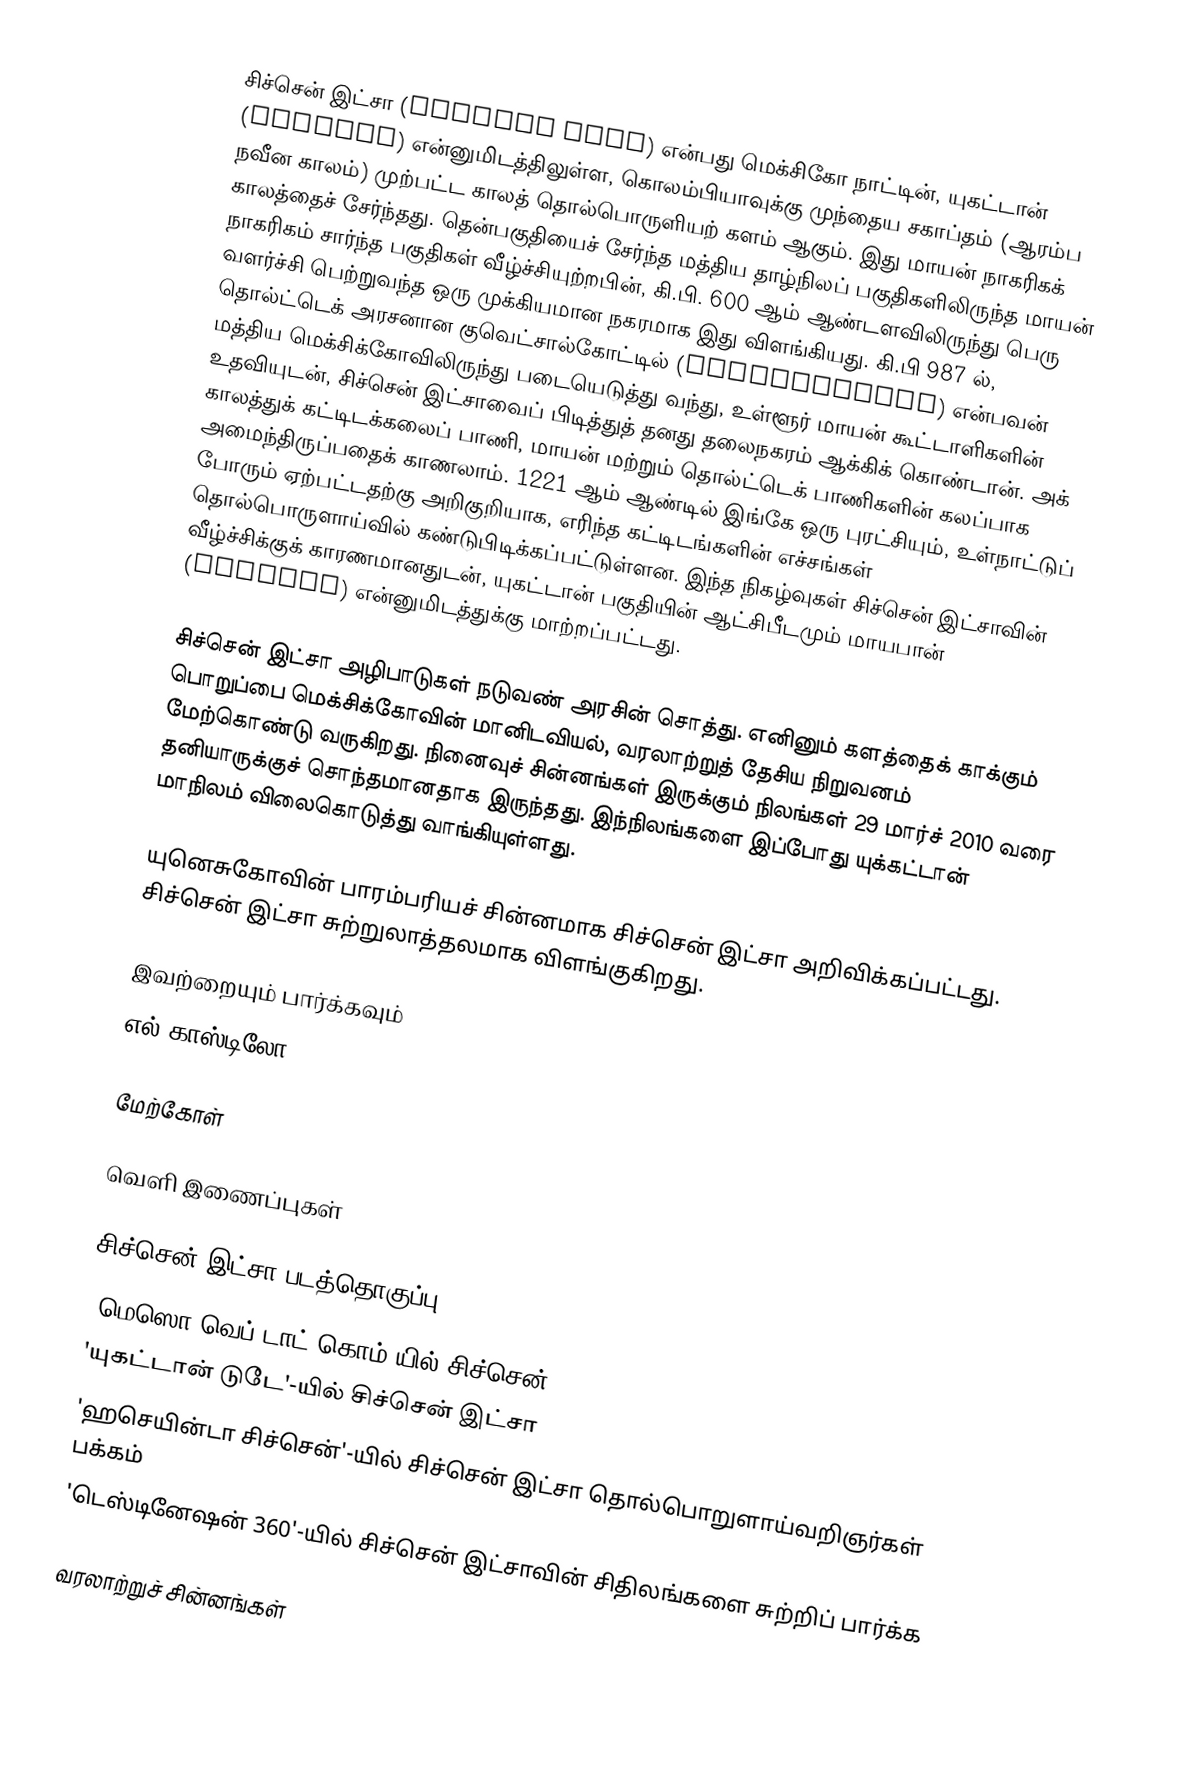
சிச்சென் இட்சா (Chichen Itza) என்பது மெக்சிகோ நாட்டின், யுகட்டான் (Yucatán) என்னுமிடத்திலுள்ள, கொலம்பியாவுக்கு முந்தைய சகாப்தம் (ஆரம்ப நவீன காலம்) முற்பட்ட காலத் தொல்பொருளியற் களம் ஆகும். இது மாயன் நாகரிகக் காலத்தைச் சேர்ந்தது. தென்பகுதியைச் சேர்ந்த மத்திய தாழ்நிலப் பகுதிகளிலிருந்த மாயன் நாகரிகம் சார்ந்த பகுதிகள் வீழ்ச்சியுற்றபின், கி.பி. 600 ஆம் ஆண்டளவிலிருந்து பெரு வளர்ச்சி பெற்றுவந்த ஒரு முக்கியமான நகரமாக இது விளங்கியது. கி.பி 987 ல், தொல்ட்டெக் அரசனான குவெட்சால்கோட்டில் (Quetzalcoatl) என்பவன் மத்திய மெக்சிக்கோவிலிருந்து படையெடுத்து வந்து, உள்ளூர் மாயன் கூட்டாளிகளின் உதவியுடன், சிச்சென் இட்சாவைப் பிடித்துத் தனது தலைநகரம் ஆக்கிக் கொண்டான். அக் காலத்துக் கட்டிடக்கலைப் பாணி, மாயன் மற்றும் தொல்ட்டெக் பாணிகளின் கலப்பாக அமைந்திருப்பதைக் காணலாம். 1221 ஆம் ஆண்டில் இங்கே ஒரு புரட்சியும், உள்நாட்டுப் போரும் ஏற்பட்டதற்கு அறிகுறியாக, எரிந்த கட்டிடங்களின் எச்சங்கள் தொல்பொருளாய்வில் கண்டுபிடிக்கப்பட்டுள்ளன. இந்த நிகழ்வுகள் சிச்சென் இட்சாவின் வீழ்ச்சிக்குக் காரணமானதுடன், யுகட்டான் பகுதியின் ஆட்சிபீடமும் மாயபான் (Mayapan) என்னுமிடத்துக்கு மாற்றப்பட்டது.

சிச்சென் இட்சா அழிபாடுகள் நடுவண் அரசின் சொத்து. எனினும் களத்தைக் காக்கும் பொறுப்பை மெக்சிக்கோவின் மானிடவியல், வரலாற்றுத் தேசிய நிறுவனம் மேற்கொண்டு வருகிறது. நினைவுச் சின்னங்கள் இருக்கும் நிலங்கள் 29 மார்ச் 2010 வரை தனியாருக்குச் சொந்தமானதாக இருந்தது. இந்நிலங்களை இப்போது யுக்கட்டான் மாநிலம் விலைகொடுத்து வாங்கியுள்ளது.

யுனெசுகோவின் பாரம்பரியச் சின்னமாக சிச்சென் இட்சா அறிவிக்கப்பட்டது. சிச்சென் இட்சா சுற்றுலாத்தலமாக விளங்குகிறது.

இவற்றையும் பார்க்கவும்
  எல் காஸ்டிலோ

மேற்கோள்

வெளி இணைப்புகள்

 சிச்சென் இட்சா படத்தொகுப்பு
 'மெஸொ வெப் டாட் கொம்'யில் சிச்சென்
 'யுகட்டான் டுடே'-யில் சிச்சென் இட்சா
 'ஹசெயின்டா சிச்சென்'-யில் சிச்சென் இட்சா தொல்பொறுளாய்வறிஞர்கள் பக்கம்
 'டெஸ்டினேஷன் 360'-யில் சிச்சென் இட்சாவின் சிதிலங்களை சுற்றிப் பார்க்க

வரலாற்றுச் சின்னங்கள்